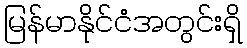
မြန်မာနိုင်ငံအတွင်းရှိ